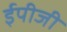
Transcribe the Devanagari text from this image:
ईपीजी